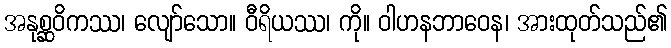
အနုစ္ဆဝိကဿ၊ လျော်သော။ ဝီရိယဿ၊ ကို။ ဝါဟနဘာဝေန၊ အားထုတ်သည်၏